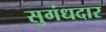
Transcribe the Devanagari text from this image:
सुगंधदार